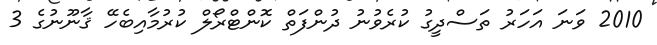
2010 ވަނަ އަހަރު ތަސްދީގު ކުރެވުނު ދުންފަތް ކޮންޓްރޯލް ކުރުމާއިބެހޭ ޤާނޫނުގެ 3